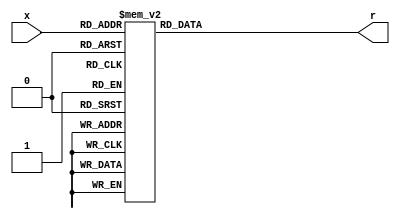
`timescale 1ns / 1ps
//////////////////////////////////////////////////////////////////////////////////
// Company: 
// Engineer: 
// 
// Design Name: 
// Module Name: hexto7segment
// Project Name: 
// Target Devices: 
// Tool Versions: 
// Description: 
// 
// Dependencies: 
// 
// Revision:
// Revision 0.01 - File Created
// Additional Comments:
// 
//////////////////////////////////////////////////////////////////////////////////


module hexto7segment(
    input [3:0] x,
    output reg [6:0] r
    );
    
    always@(*)
        case (x)
            4'b0000 : r = 7'b0000001;
            4'b0001 : r = 7'b1001111;
            4'b0010 : r = 7'b0010010;
            4'b0011 : r = 7'b0000110;
            4'b0100 : r = 7'b1001100;
            4'b0101 : r = 7'b0100100;
            4'b0110 : r = 7'b0100000;
            4'b0111 : r = 7'b0001111;
            4'b1000 : r = 7'b0000000;
            4'b1001 : r = 7'b0001100;
            4'b1010 : r = 7'b0001000;
            4'b1011 : r = 7'b1100000;
            4'b1100 : r = 7'b0110001;
            4'b1101 : r = 7'b1000010;
            4'b1110 : r = 7'b0110000;
            4'b1111 : r = 7'b0111000;
        endcase
endmodule